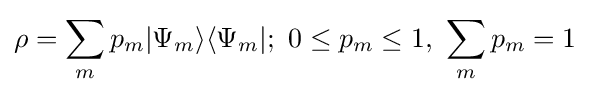
\rho =\sum _{m}p_{m}|\Psi _{m}\rangle \langle \Psi _{m}|;\ 0\leq p_{m}\leq 1,\ \sum _{m}p_{m}=1